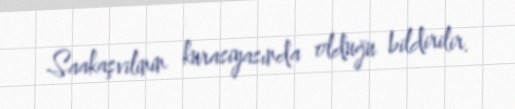
Saakaşvilinin kurasiyasında olduğu bildirilir.